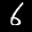
Label: 6